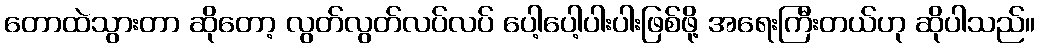
တောထဲသွားတာ ဆိုတော့ လွတ်လွတ်လပ်လပ် ပေါ့ပေါ့ပါးပါးဖြစ်ဖို့ အရေးကြီးတယ်ဟု ဆိုပါသည်။